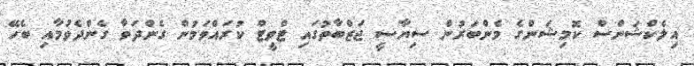
އިލެކްޝަންސް ކޮމިޝަންގެ މެންބަރުން ސިޔާސީ ޖަޒްބާތުގައި ޓްވީޓް ކުރައްވަމުން ގެންދަވާ ގެންދެވުމާއި ބެހޭ